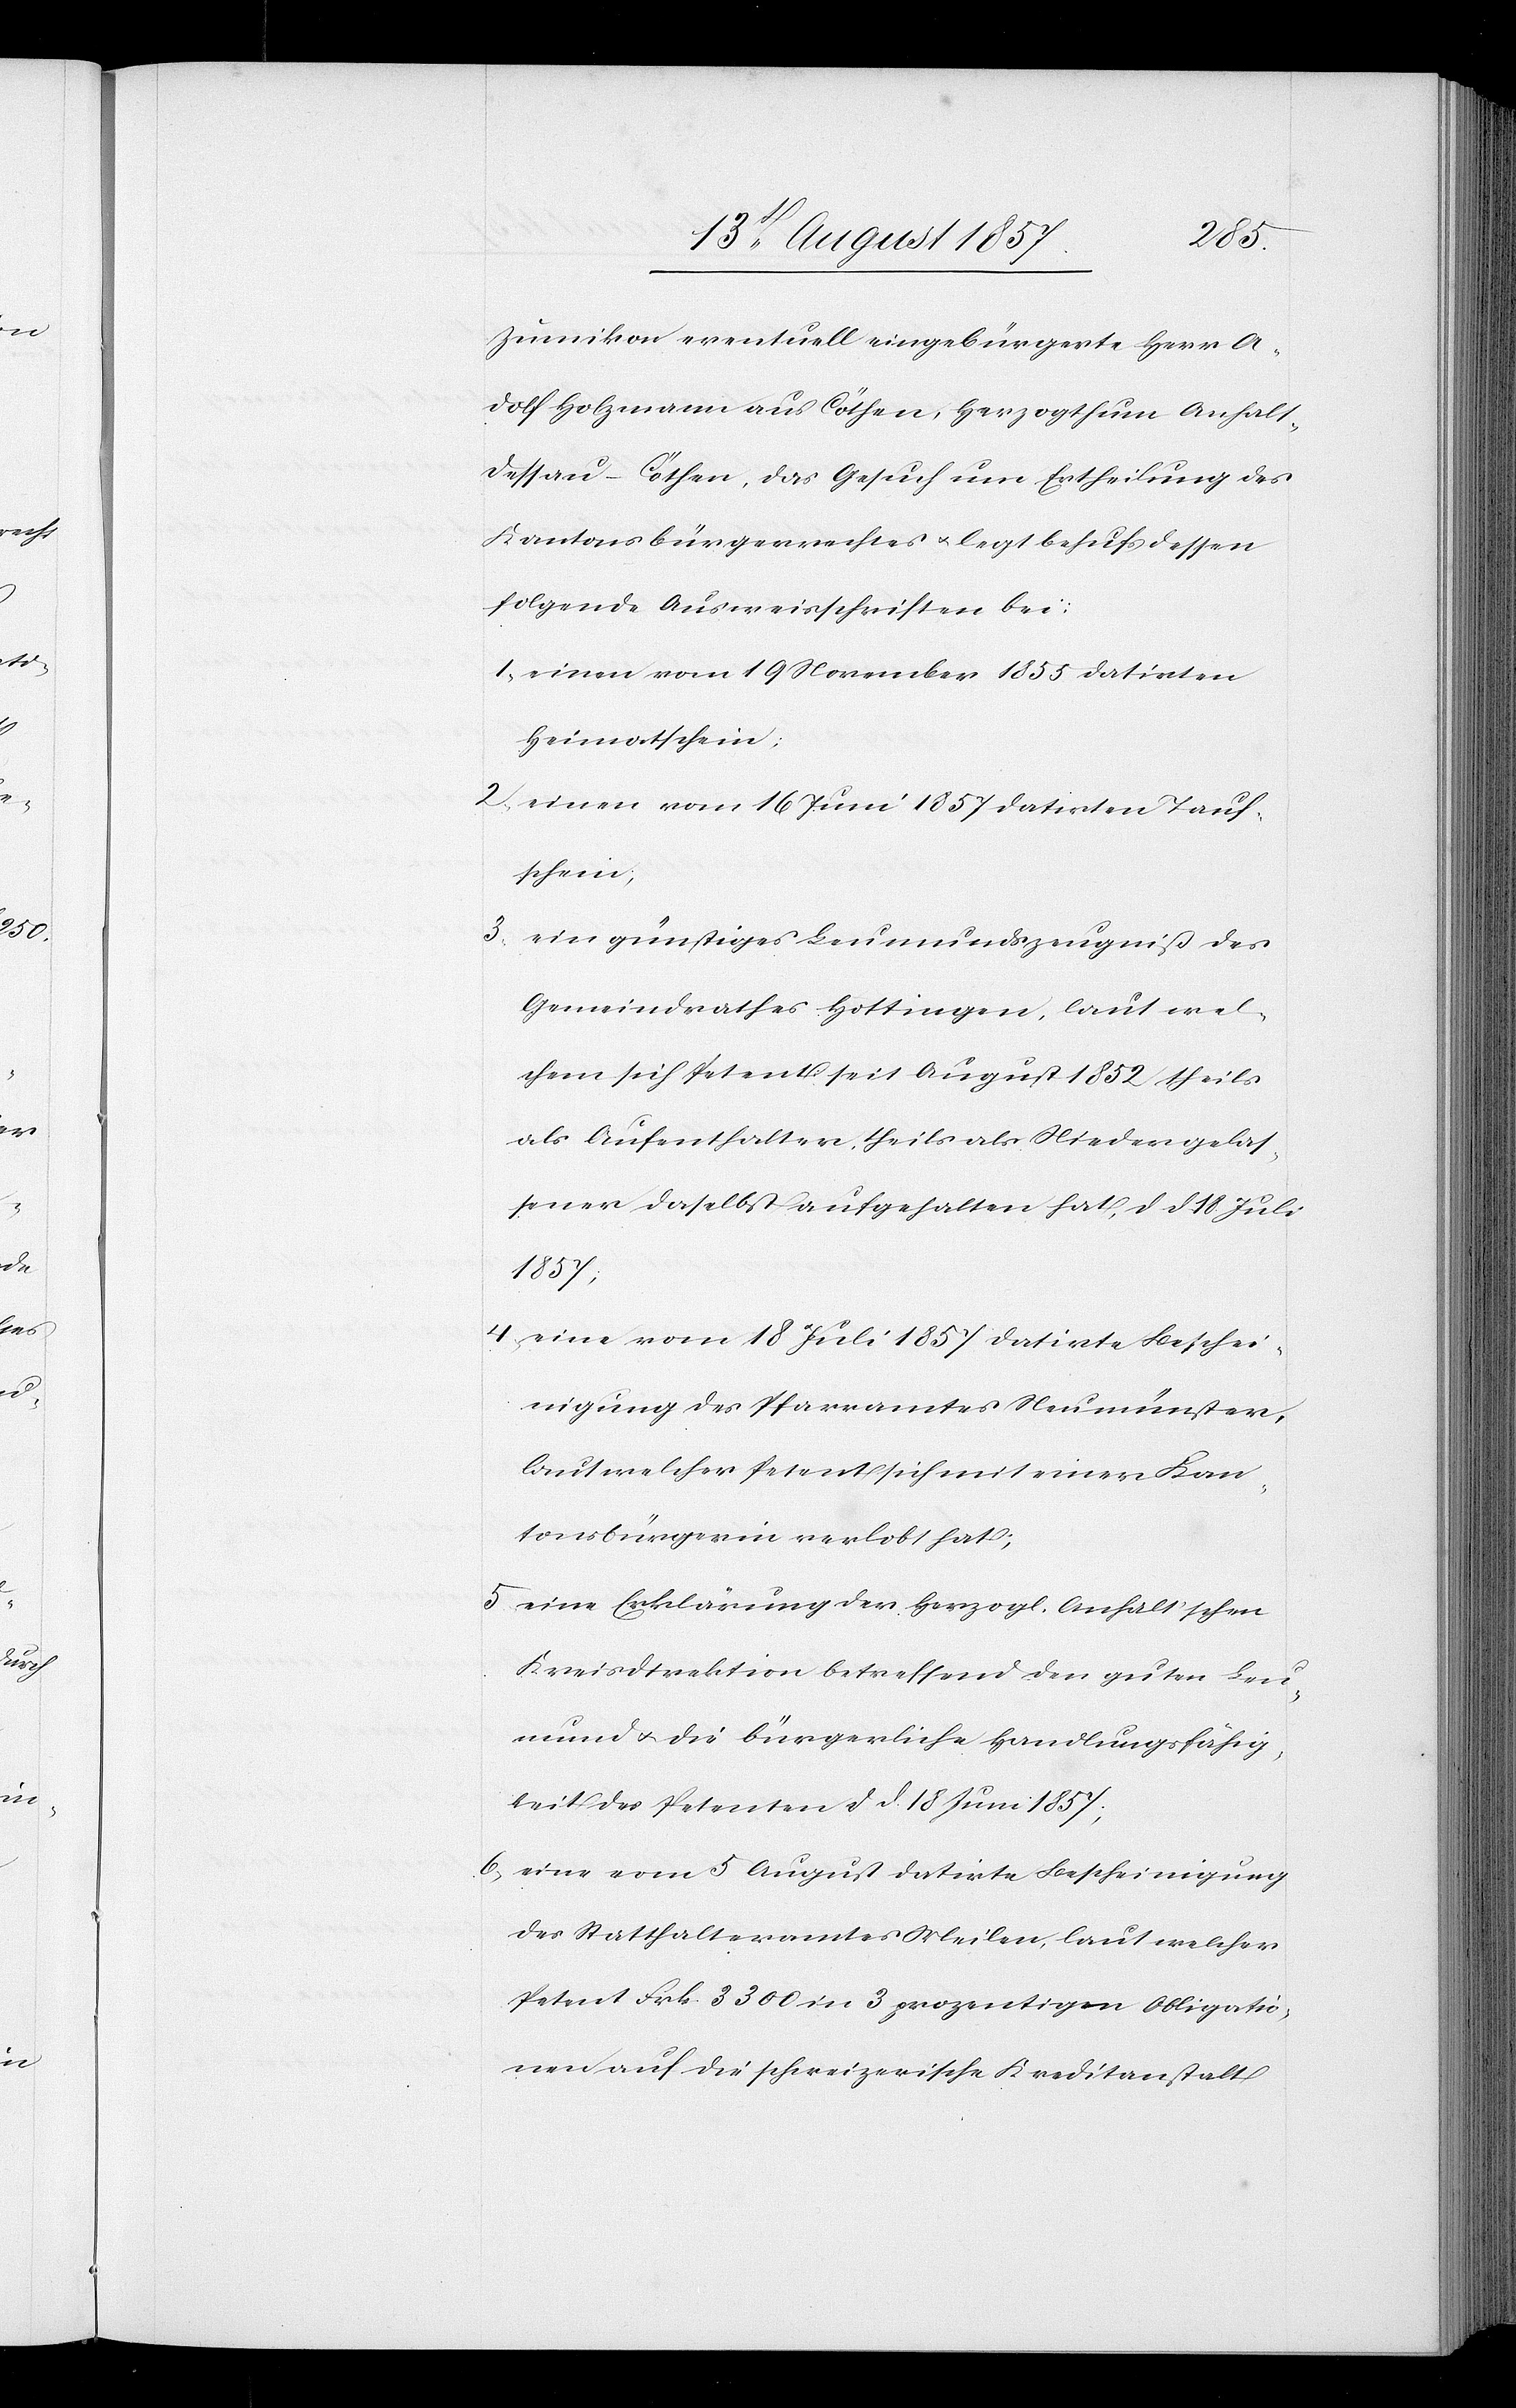
Zumikon eventuell eingebürgerte Herr A¬
dolf Holzmann aus Cöthen, Herzogthum Anhalt-D¬
essau-Cöthen, das Gesuch um Ertheilung des
Kantonsbürgerrechtes & legt behufs dessen
folgende Ausweisschriften bei:
1) einen vom 19 November 1855 datirten
Heimatschein;
2) einen vom 16 Juni 1857 datirten Tauf¬
schein,
3)
ein günstiges Leumundszeugniß des
Gemeindrathes Hottingen, laut wel¬
chem sich Petent seit August 1852 theils
als Aufenthalter, theils als Niedergelas¬
sener daselbst aufgehalten hat, d. d. 18 Juli
1857;
4) eine vom 18 Juli 1857 datirte Beschei¬
nigung des Pfarramtes Neumünster,
laut welcher Petent sich mit einer Kan¬
tonsbürgerin verlobt hat;
5) eine Erklärung der herzogl. Anhalt’schen
Kreisdirektion betreffend den guten Leu¬
mund & die bürgerliche Handlungsfähig¬
keit des Petenten d. d. 18 Juni 1857;
6) eine vom 5 August datirte Bescheinigung
des Statthalteramtes Meilen, laut welcher
Petent Frk. 3300 in 3 prozentigen Obligatio¬
nen auf die schweizerische Kreditanstalt